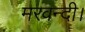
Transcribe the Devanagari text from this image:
मरवन्दी।